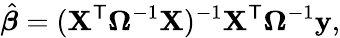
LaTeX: {\hat{\boldsymbol{\beta}}}=(\mathbf{X}^{\mathsf{T}}{\boldsymbol{\Omega}}^{-1}\mathbf{X})^{-1}\mathbf{X}^{\mathsf{T}}{\boldsymbol{\Omega}}^{-1}\mathbf{y},